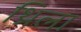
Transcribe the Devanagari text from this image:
थ्रिला